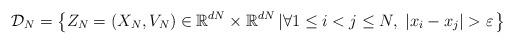
LaTeX: \begin{align*}\mathcal{D}_N = \left\{ Z_N = (X_N,V_N)\in \mathbb{R}^{dN} \times \mathbb{R}^{dN}\left| \forall 1\leq i < j \leq N,\; |x_i - x_j|> \varepsilon \right. \right\}\end{align*}